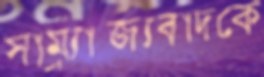
সাম্র্যাজ্যবাদকে